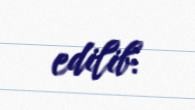
edilib.